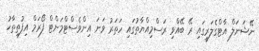
ނޭޝަނަލް އާޓްގެލަރީގައި ރޭ ބޭއްވި ރަސްމިއްޔާތުގައި ހަތަރު ވަނަ އިންވެސްޓްމަންޓް ފޯރަމް އިފުތިތާހު